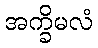
အက္ခိမလံ